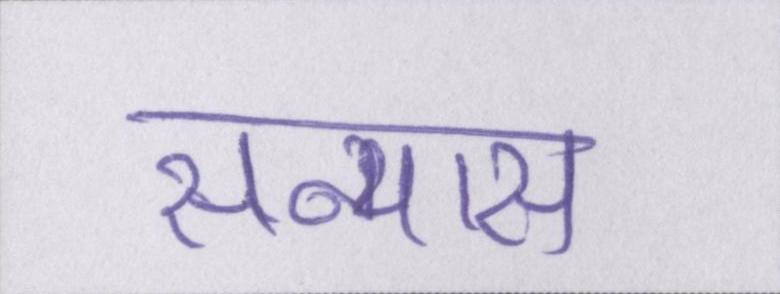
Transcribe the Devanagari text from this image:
सन्यास